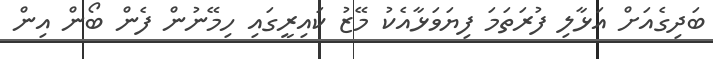
ބަދިގެއަށް އަޅާލި ފުރަތަމަ ފިޔަވަޅާއެކު މޭޒު ކައިރީގައި ހިމޭނުން ފެން ބޯން އިން